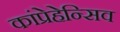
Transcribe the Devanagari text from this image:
कांप्रेहेन्सिव